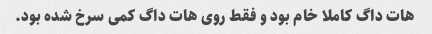
هات داگ کاملا خام بود و فقط روی هات داگ کمی سرخ شده بود.